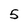
Character: 5